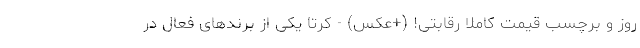
روز و برچسب قیمت کاملا رقابتی! (+عکس) - کرتا یکی از برندهای فعال در